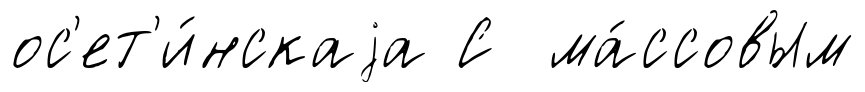
ос'ет'и́нскаjа С ма́ссовым